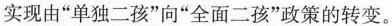
实现由”单独二孩”向”全面二孩”政策的转变。